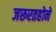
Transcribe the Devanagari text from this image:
जरूरतहोने